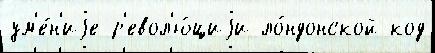
ум'е́н'иjе р'евол'ю́циjи ло́ндонской код